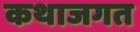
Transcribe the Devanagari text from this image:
कथाजगत